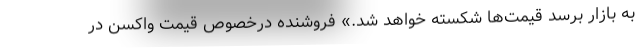
به بازار برسد قیمت‌ها شکسته خواهد شد.» فروشنده درخصوص قیمت واکسن در